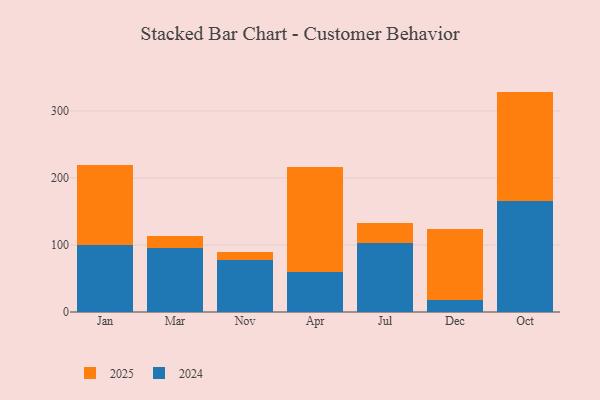
{"axis": {"x": "Month", "y": "Budget (USD K)"}, "legend": ["2024", "2025"], "data": [{"x": "Jan", "y": 99.8, "type": "2024"}, {"x": "Jan", "y": 119.0, "type": "2025"}, {"x": "Mar", "y": 95.8, "type": "2024"}, {"x": "Mar", "y": 18.1, "type": "2025"}, {"x": "Nov", "y": 77.7, "type": "2024"}, {"x": "Nov", "y": 12.1, "type": "2025"}, {"x": "Apr", "y": 60.4, "type": "2024"}, {"x": "Apr", "y": 156.0, "type": "2025"}, {"x": "Jul", "y": 102.7, "type": "2024"}, {"x": "Jul", "y": 29.6, "type": "2025"}, {"x": "Dec", "y": 18.4, "type": "2024"}, {"x": "Dec", "y": 105.0, "type": "2025"}, {"x": "Oct", "y": 164.9, "type": "2024"}, {"x": "Oct", "y": 163.8, "type": "2025"}]}